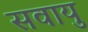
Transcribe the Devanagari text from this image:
सवायु